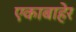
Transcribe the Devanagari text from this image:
एकाबाहेर